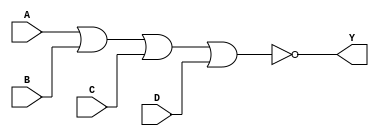
module sky130_fd_sc_lp__nor4 (
    Y,
    A,
    B,
    C,
    D
);

    // Module ports
    output Y;
    input  A;
    input  B;
    input  C;
    input  D;

    // Module supplies
    supply1 VPWR;
    supply0 VGND;
    supply1 VPB ;
    supply0 VNB ;

    // Local signals
    wire nor0_out_Y;

    //  Name  Output      Other arguments
    nor nor0 (nor0_out_Y, A, B, C, D     );
    buf buf0 (Y         , nor0_out_Y     );

endmodule